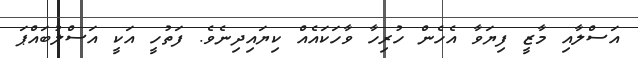
އަސްލާއި މާޒީ ފިޔަވާ އެހެން ހުރިހާ ވާހަކައެއް ކިޔައިދިނެވެ. ފަތުހީ އަކީ އަސްލުބައްޕަ